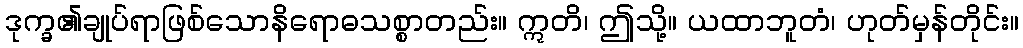
ဒုက္ခ၏ချုပ်ရာဖြစ်သောနိရောဓသစ္စာတည်း။ ဣတိ၊ ဤသို့။ ယထာဘူတံ၊ ဟုတ်မှန်တိုင်း။